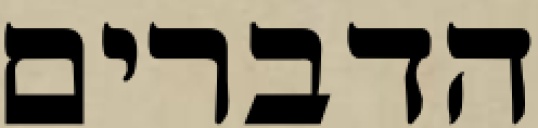
הדברים